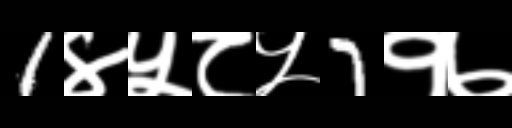
Text: 1४५८५7१७